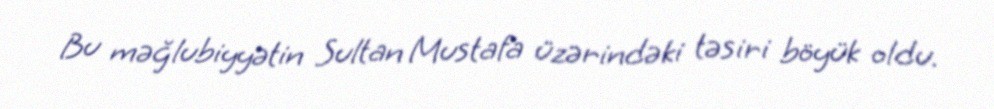
Bu məğlubiyyətin Sultan Mustafa üzərindəki təsiri böyük oldu.